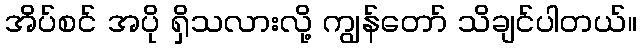
အိပ်စင် အပို ရှိသလားလို့ ကျွန်တော် သိချင်ပါတယ်။